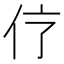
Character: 𠆼